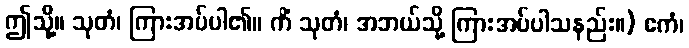
ဤသို့။ သုတံ၊ ကြားအပ်ပါ၏။ ကိံ သုတံ၊ အဘယ်သို့ ကြားအပ်ပါသနည်း။) ဧကံ၊